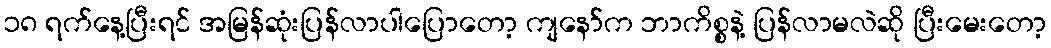
၁၈ ရက်နေ့ပြီးရင် အမြန်ဆုံးပြန်လာပါပြောတော့ ကျနော်က ဘာကိစ္စနဲ့ ပြန်လာမလဲဆို ပြီးမေးတော့